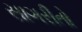
સાગરીતો